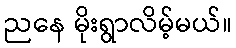
ညနေ မိုးရွာလိမ့်မယ်။